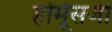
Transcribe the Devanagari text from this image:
होर्मूसजी